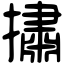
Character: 㩋